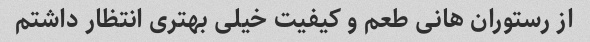
از رستوران هانی طعم و کیفیت خیلی بهتری انتظار داشتم